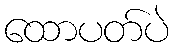
ထောပတ်ပဲ